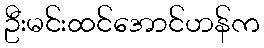
ဦးမင်းထင်အောင်ဟန်က